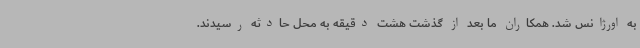
به اورژانس شد. همکاران ما بعد از گذشت هشت دقیقه به محل حادثه رسیدند.